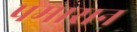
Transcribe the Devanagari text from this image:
पमारान